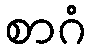
စာဂံ